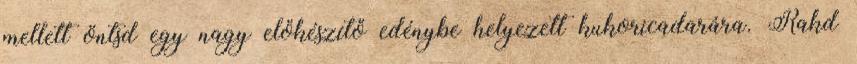
mellett öntsd egy nagy előkészítő edénybe helyezett kukoricadarára. Rakd